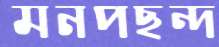
মনপছন্দ